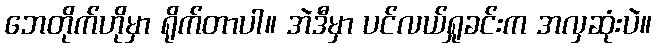
ဘေတိုက်ဟိုမှာ ရိုက်တာပါ။ အဲဒီမှာ ပင်လယ်ရှုခင်းက အလှဆုံးပဲ။